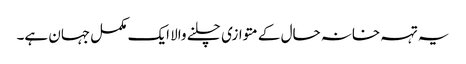
یہ تہہ خانہ حال کے متوازی چلنے والا ایک مکمل جہان ہے۔